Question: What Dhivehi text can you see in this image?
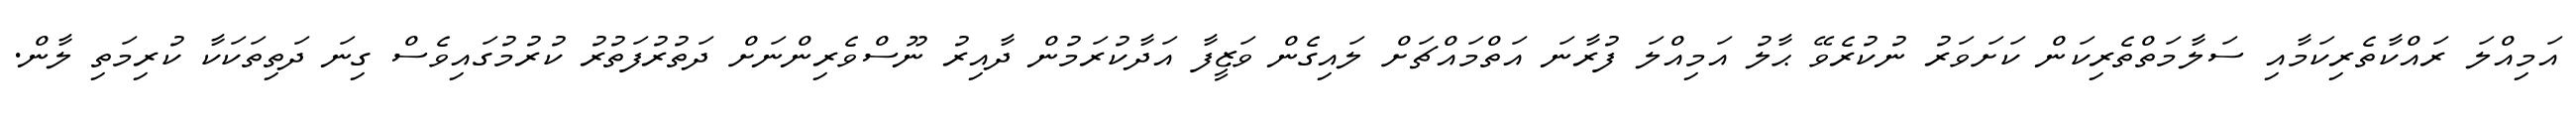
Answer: އަމިއްލަ ރައްކާތެރިކަމާއި ސަލާމަތްތެރިކަން ކަށަވަރު ނުކުރެވޭ ޙާލު އަމިއްލަ ފުރާނަ އަތްމައްޗަށް ލައިގެން ވަޒީފާ އަދާކުރަމުން ދާއިރު ނޫސްވެރިންނަށް ދަތުރުފަތުރު ކުރުމުގައިވެސް ގިނަ ދަތިތަކަކާ ކުރިމަތި ލާން.